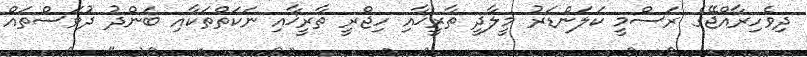
ދިވެހިރާއްޖޭގެ ރަސްމީ ކަލަންޑަރު މީލާދީ ތާރީޚާއި ހިޖްރީ ތާރީޚާއި ނަކަތްތަކާއި ބަންދު ދުވަސްތައް